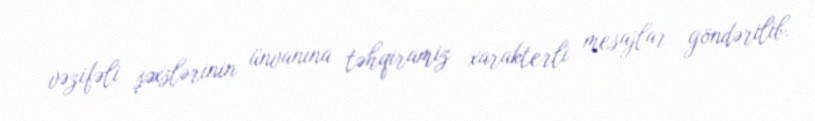
vəzifəli şəxslərinin ünvanına təhqiramiz xarakterli mesajlar göndərilib.